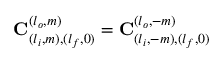
\mathbf { C } _ { ( l _ { i } , m ) , ( l _ { f } , 0 ) } ^ { ( l _ { o } , m ) } = \mathbf { C } _ { ( l _ { i } , - m ) , ( l _ { f } , 0 ) } ^ { ( l _ { o } , - m ) }